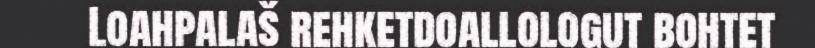
Loahpalaš rehketdoallologut bohtet